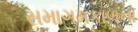
સમાગમકાળના